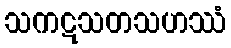
သကဋသတသဟဿံ